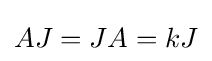
AJ=JA=kJ